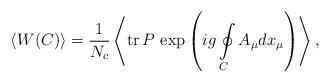
LaTeX: \begin{align*}\left<W(C)\right>=\frac{1}{N_c}\left<{\rm tr}{\,} P{\,} \exp\left(ig\oint \limits_C^{}A_\mu dx_\mu\right)\right>,\end{align*}